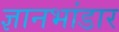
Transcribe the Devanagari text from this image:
ज्ञानभांडार